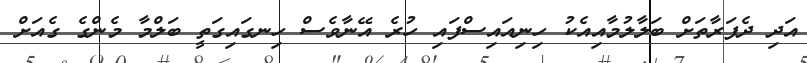
އަދި ދެފަރާތަށް ބަލާލުމާއިއެކު ހިނިއައިސްފައި ހުރެ އޭނާވެސް ހިނގައިގަތީ ބަލްމާ މެންގެ ގެއަށް